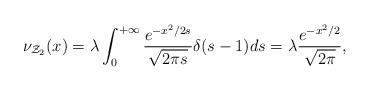
LaTeX: \begin{align*}\nu _{\mathcal{Z}_{2}}(x)=\lambda \int_{0}^{+\infty }\frac{e^{-x^{2}/2s}}{\sqrt{2\pi s}}\delta (s-1)ds=\lambda \frac{e^{-x^{2}/2}}{\sqrt{2\pi }},\end{align*}